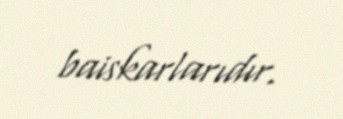
baiskarlarıdır.